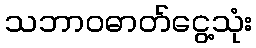
သဘာဝဓာတ်ငွေ့သုံး